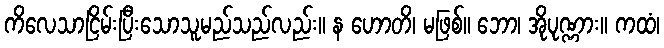
ကိလေသာငြိမ်းပြီးသောသူမည်သည်လည်း။ န ဟောတိ၊ မဖြစ်။ ဘော၊ အိုပုဏ္ဏား။ ကထံ၊